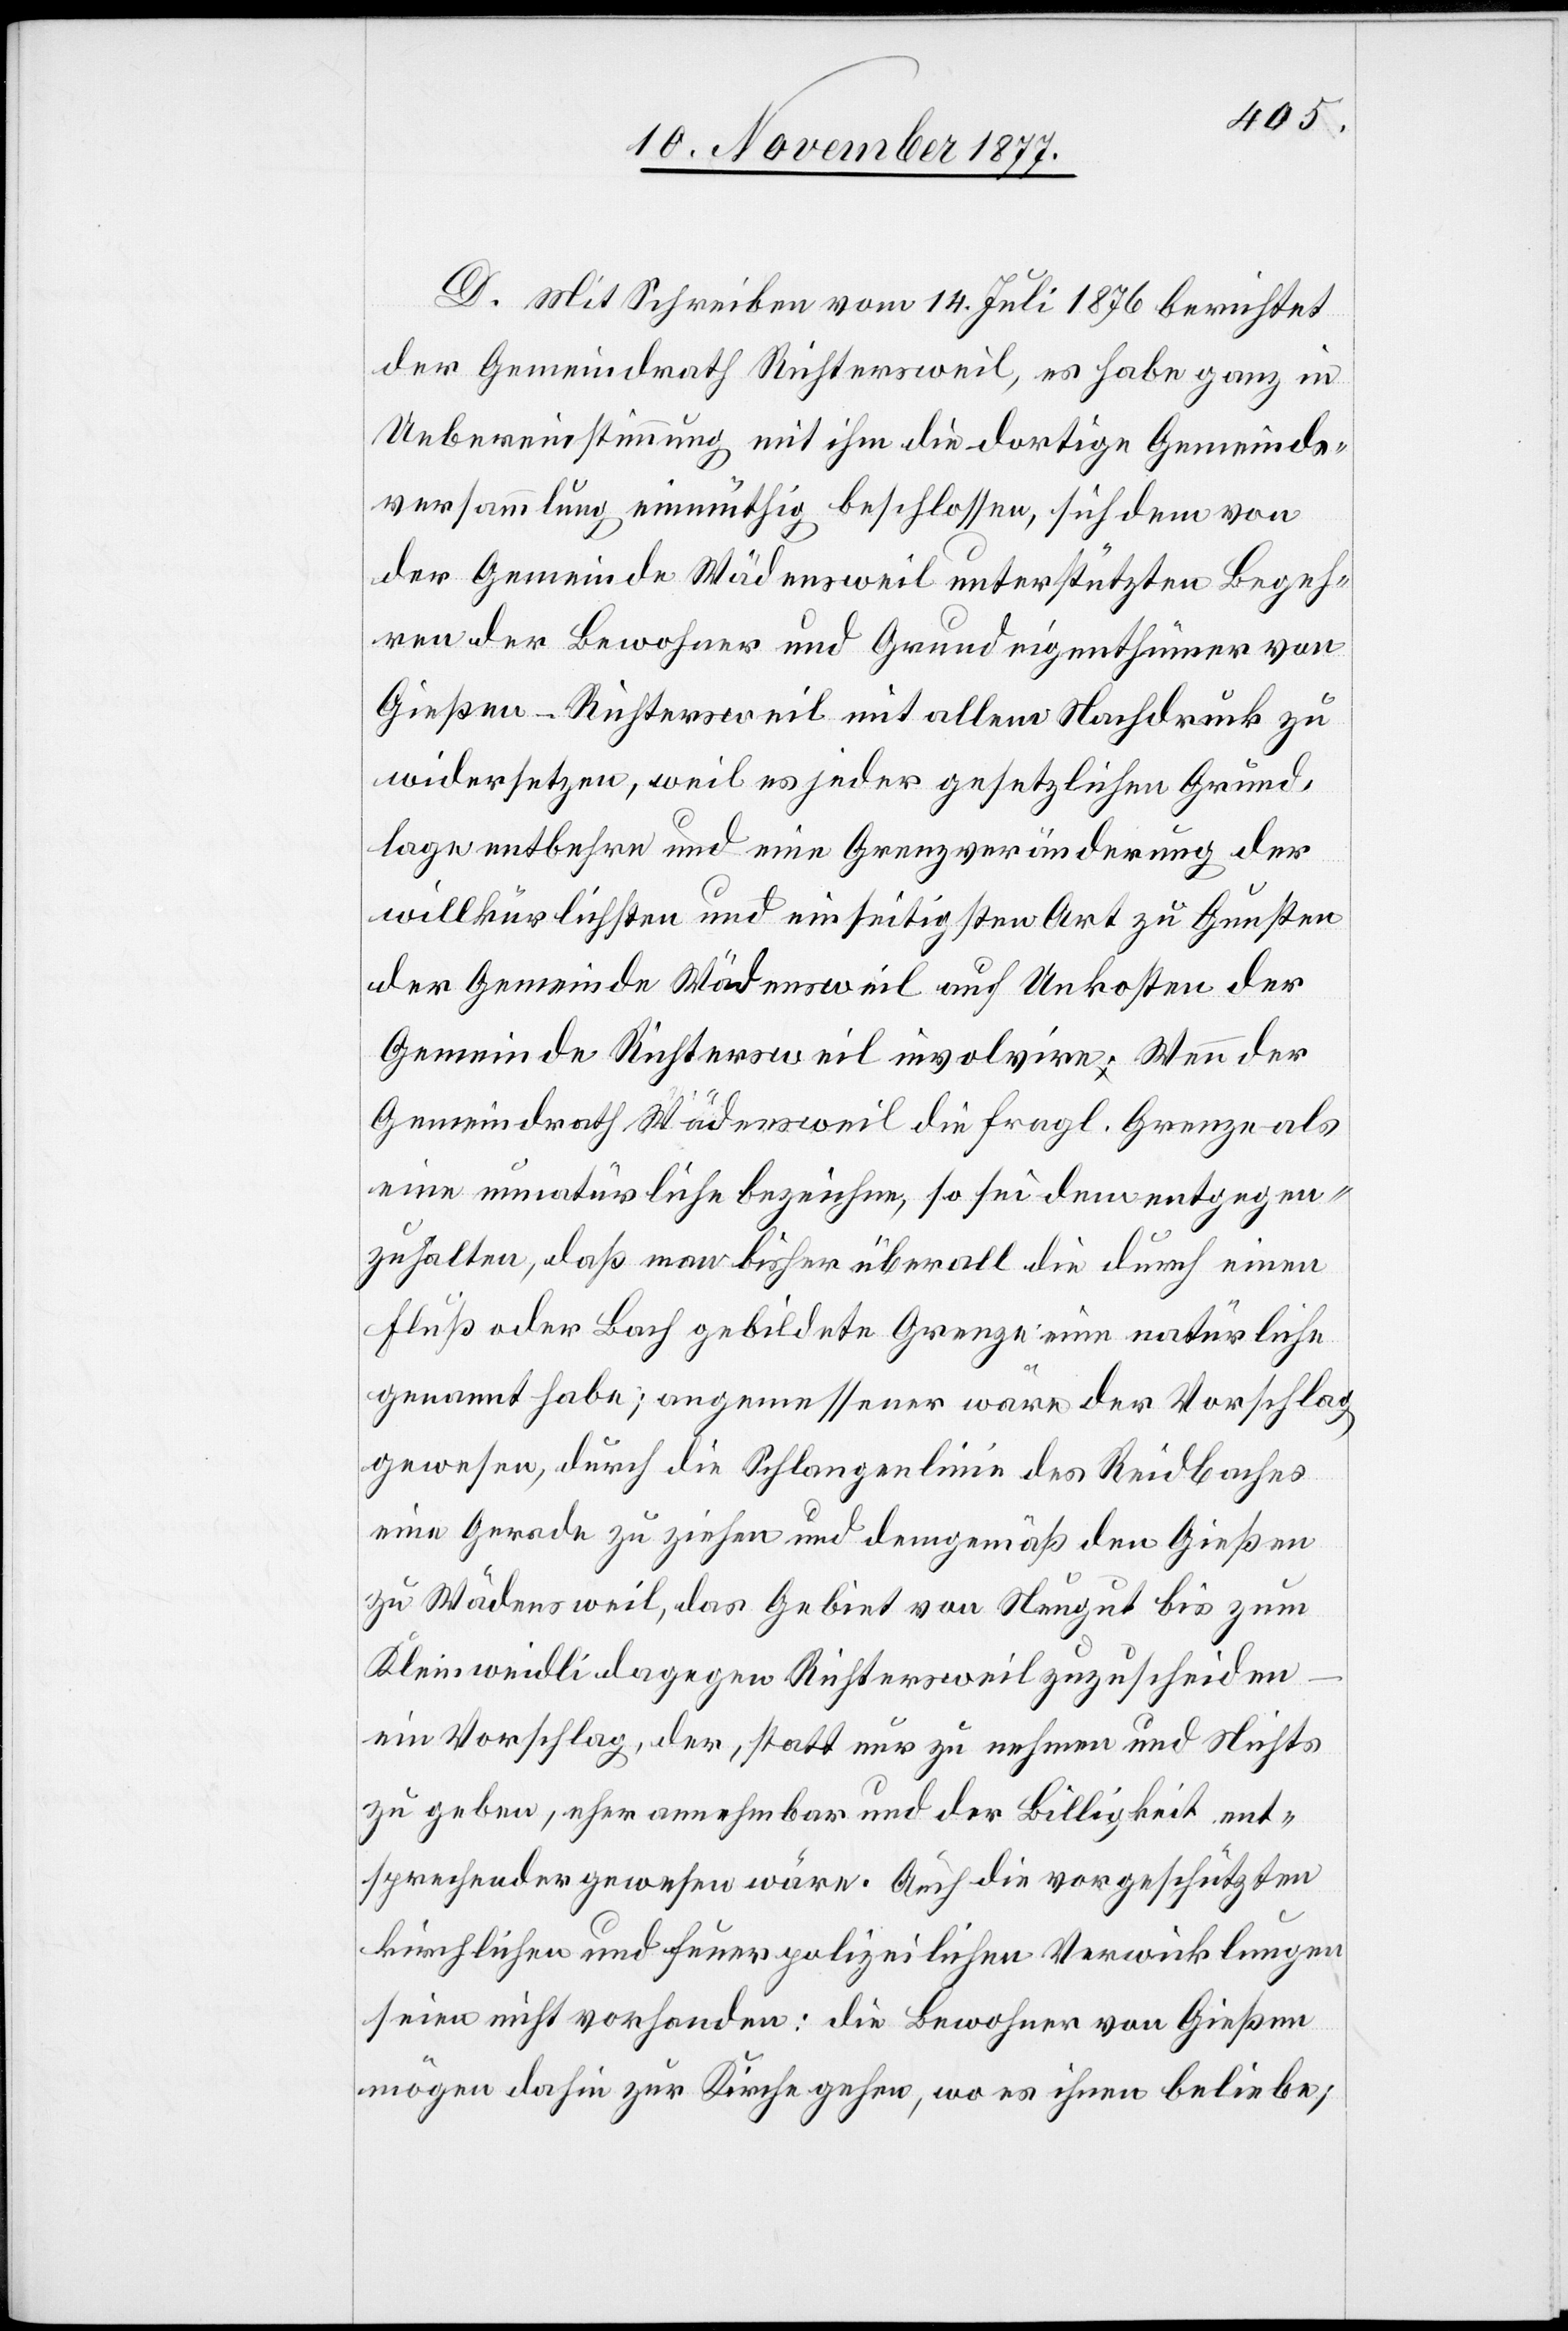
D. Mit Schreiben vom 14. Juli 1876 berichtet
der Gemeindrath Richtersweil, es habe ganz in
Uebereinstimmung mit ihm die dortige Gemeinde¬
versammlung einmüthig beschlossen, sich dem von
der Gemeinde Wädensweil unterstützten Begeh¬
ren der Bewohner und Grundeigenthümer von
Gießen - Richtersweil mit allem Nachdruck zu
widersetzen, weil es jeder gesetzlichen Grund¬
lage entbehre und eine Grenzveränderung der
willkürlichsten und einseitigsten Art zu Gunsten
der Gemeinde Wädensweil auf Unkosten der
Gemeinde Richtersweil involvire. Wenn der
Gemeindrath Wädensweil die fragl. Grenze als
eine unnatürliche bezeichne, so sei dem entgegen¬
zuhalten, daß man bisher überall die durch einen
Fluß oder Bach gebildete Grenze eine natürliche
genannt habe; angemessener wäre der Vorschlag
gewesen, durch die Schlangenlinie des Reidbaches
eine Gerade zu ziehen und demgemäß den Gießen
zu Wädensweil, das Gebiet von Neugut bis zum
Kleinweidli dagegen Richtersweil zuzuscheiden
ein Vorschlag, der, statt nur zu nehmen und Nichts
zu geben, eher annehmbar und der Billigkeit ent¬
sprechender gewesen wäre. Auch die vorgeschützten
kirchlichen und feuerpolizeilichen Verwicklungen
seien nicht vorhanden: die Bewohner von Gießen
mögen dahin zur Kirche gehen, wo es ihnen beliebe;